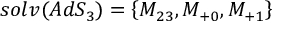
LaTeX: s o l v ( A d S _ { 3 } ) = \left\{ M _ { 2 3 } , M _ { + 0 } , M _ { + 1 } \right\}